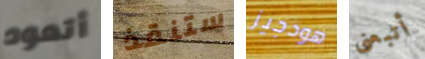
أتعود ستنقذ هودجيز أتبعني